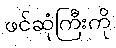
ဖင်ဆုံကြီးကို